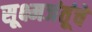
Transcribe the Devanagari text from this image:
सूक्ष्मजंतूंचे